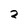
Character: 2